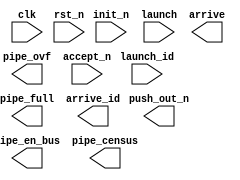
////////////////////////////////////////////////////////////////////////////////
//
//       This confidential and proprietary software may be used only
//     as authorized by a licensing agreement from Synopsys Inc.
//     In the event of publication, the following notice is applicable:
//
//                    (C) COPYRIGHT 2006 - 2016 SYNOPSYS INC.
//                           ALL RIGHTS RESERVED
//
//       The entire notice above must be reproduced on all authorized
//     copies.
//
//
// VERSION:   Verilog Simulation Model
//
// DesignWare_version: 9fa6a673
// DesignWare_release: K-2015.06-DWBB_201506.5.2
//
////////////////////////////////////////////////////////////////////////////////
//
//  ABSTRACT: Pipeline Manager Simulation Model
//
//       This component tracks the activity in the pipeline
//       throttled by 'launch' and 'accept_n' inputs.  Active
//       launched transactions are allowed to fill the pipeline
//       when the downstream logic is not accepting new arrivals. 
//
//  Parameters:     Valid Range    Default Value
//  ==========      ===========    =============
//  stages          1 to 1023          2
//  id_width        1 to 1024          2
//
//
//  Ports       Size    Direction    Description
//  =====       ====    =========    ===========
//  clk         1 bit     Input      Clock Input
//  rst_n       1 bit     Input      Async. Reset Input, Active Low
//  init_n      1 bit     Input      Sync. Reset Input, Active Low
//
//  launch      1 bit     Input      Active High Control input to lauche data into pipe
//  launch_id  id_width   Input      ID tag for data being launched (optional)
//  pipe_full   1 bit     Output     Status Flag indicating no slot for new data
//  pipe_ovf    1 bit     Output     Status Flag indicating pipe overflow
//
//  pipe_en_bus stages    Output     Bus of enables (one per pipe stage), Active High
//               bits
//
//  accept_n    1 bit     Input      Flow Control Input, Active Low
//  arrive      1 bit     Output     Data Available output 
//  arrive_id  id_width   Output     ID tag for data that'Ol11O1Ol arrived (optional)
//  push_out_n  1 bit     Output     Active Low Output used with FIFO (optional)
//  pipe_census M bits    Output     Output bus indicating the number
//                                   of pipe stages currently occupied
//
//    Note: The value of M is equal to the ceil(log2(stages+1)).
//
//
// Modified:
//    DLL   9-13-07  Changed name from DW_pipe_mgr
//
module DW_lp_pipe_mgr(
	clk,		// Clock Input
	rst_n,		// Async. Reset
	init_n,		// Sync Reset

	launch,		// Input to launch data into pipe
	launch_id,	// ID tag of data launched
	pipe_full,	// Pipe Slots Full Output (used for flow control)
	pipe_ovf,	// Pipe Overflow Signal
	pipe_en_bus,	// Pipe Stage Enable Bus (active high enables, 1 bit per pipe stage)

	accept_n,	// Hold Data Out Input (flow control)
	arrive,		// Data Arrival Output
	arrive_id,	// ID tag of arrival data
	push_out_n,	// Active Low Output used when FIFO follows
	pipe_census	// Pipe Stages Occupied Output
	);

parameter stages = 2;	// POSITIVE
parameter id_width = 2;	// POSITIVE

`define DW_O1O1O0O0 (stages + 1)
`define DW_O0OIO101 ((`DW_O1O1O0O0>256)?((`DW_O1O1O0O0>4096)?((`DW_O1O1O0O0>16384)?((`DW_O1O1O0O0>32768)?16:15):((`DW_O1O1O0O0>8192)?14:13)):((`DW_O1O1O0O0>1024)?((`DW_O1O1O0O0>2048)?12:11):((`DW_O1O1O0O0>512)?10:9))):((`DW_O1O1O0O0>16)?((`DW_O1O1O0O0>64)?((`DW_O1O1O0O0>128)?8:7):((`DW_O1O1O0O0>32)?6:5)):((`DW_O1O1O0O0>4)?((`DW_O1O1O0O0>8)?4:3):((`DW_O1O1O0O0>2)?2:1))))

input 			      clk;
input 			      rst_n;
input 			      init_n;

input 			      launch;
input [id_width-1:0]	      launch_id;
output			      pipe_full;
output			      pipe_ovf;
output [stages-1 : 0]	      pipe_en_bus;

input 			      accept_n;
output			      arrive;
output [id_width-1:0]	      arrive_id;
output			      push_out_n;
output[(`DW_O0OIO101)-1:0]    pipe_census;

// synopsys translate_off

  //-------------------------------------------------------------------------
  // Parameter legality check
  //-------------------------------------------------------------------------
  
 
  initial begin : parameter_check
    integer param_err_flg;

    param_err_flg = 0;
    
  
    if ( (stages < 1) || (stages > 1023) ) begin
      param_err_flg = 1;
      $display(
	"ERROR: %m :\n  Invalid value (%d) for parameter stages (legal range: 1 to 1023)",
	stages );
    end
  
    if (id_width < 1) begin
      param_err_flg = 1;
      $display(
	"ERROR: %m :\n  Invalid value (%d) for parameter id_width (lower bound: 1)",
	id_width );
    end
  
    if ( param_err_flg == 1) begin
      $display(
        "%m :\n  Simulation aborted due to invalid parameter value(s)");
      $finish;
    end

  end // parameter_check 


wire 			      I0OOlIOO;
wire 			      I1OO1OO1;
wire 			      O0OII00O;
wire 			      IIllO1l0;
wire [id_width-1:0]	      I1l0001O;
wire 			      ll1I1II0;

reg			      l0IO0111;
reg   [(`DW_O0OIO101)-1:0]       O0l10O00;
wire                          OOIl0IO0;
reg  [stages-1:0]	      lO0O1llI;
reg  [stages-1:0]	      IOO1O1O1;
reg  [stages-1:0]	      OO1O1111;
reg  [stages-1:0]	      O1101011;
reg  [(id_width*stages)-1:0]  llOI1101;
reg  [(id_width*stages)-1:0]  O01I01I1;
integer			      I111IOO0,OOl0l1OO,OO01OO1l,Ol11O1Ol,O0IOl0IO;


assign I0OOlIOO        = (clk | (clk ^ clk));
assign I1OO1OO1      = (rst_n | (rst_n ^ rst_n));
assign O0OII00O     = (init_n | (init_n ^ init_n));
assign IIllO1l0     = (launch | (launch ^ launch));
assign I1l0001O  = (launch_id | (launch_id ^ launch_id));
assign ll1I1II0   = (accept_n | (accept_n ^ accept_n));


assign OOIl0IO0 = ~ll1I1II0;

always @(OO1O1111 or lO0O1llI or OOIl0IO0) begin : a1000_PROC
  for (I111IOO0=stages-1; I111IOO0>=0; I111IOO0=I111IOO0-1) begin
    if (I111IOO0 == stages-1)
      OO1O1111[I111IOO0] = OOIl0IO0 | ~lO0O1llI[I111IOO0];
    else
      OO1O1111[I111IOO0] = OO1O1111[I111IOO0+1] | ~lO0O1llI[I111IOO0];
  end
end

always @(OO1O1111 or lO0O1llI or IIllO1l0 or llOI1101 or I1l0001O) begin : a1001_PROC
  for (OOl0l1OO=0; OOl0l1OO<stages; OOl0l1OO=OOl0l1OO+1) begin
    if (OOl0l1OO == 0) begin
      if (OO1O1111[0] === 1'b1)
        IOO1O1O1[0] = IIllO1l0;
      else
        IOO1O1O1[0] = lO0O1llI[0];
      if ((OO1O1111[0] === 1'b1) && (IOO1O1O1[0] === 1'b1))
	O01I01I1[id_width-1:0] = I1l0001O;
      else
	O01I01I1[id_width-1:0] = llOI1101[id_width-1:0];
    end else begin
      if (OO1O1111[OOl0l1OO] === 1'b1)
        IOO1O1O1[OOl0l1OO] = lO0O1llI[OOl0l1OO-1];
      else
        IOO1O1O1[OOl0l1OO] = lO0O1llI[OOl0l1OO];
      if ((OO1O1111[OOl0l1OO] === 1'b1) && (IOO1O1O1[OOl0l1OO] === 1'b1))
	for (O0IOl0IO=0; O0IOl0IO<id_width; O0IOl0IO=O0IOl0IO+1) begin
          O01I01I1[(OOl0l1OO*id_width)+O0IOl0IO] = llOI1101[((OOl0l1OO-1)*id_width)+O0IOl0IO];
	end
      else
	for (O0IOl0IO=0; O0IOl0IO<id_width; O0IOl0IO=O0IOl0IO+1) begin
          O01I01I1[(OOl0l1OO*id_width)+O0IOl0IO] = llOI1101[(OOl0l1OO*id_width)+O0IOl0IO];
	end
    end
  end
end

always @(OO1O1111 or IOO1O1O1) begin : a1002_PROC
  for (OO01OO1l=0; OO01OO1l<stages; OO01OO1l=OO01OO1l+1) begin
     O1101011[OO01OO1l] = OO1O1111[OO01OO1l] & IOO1O1O1[OO01OO1l];
  end
end

always @(lO0O1llI or O0l10O00) begin : a1003_PROC
  O0l10O00 = {`DW_O0OIO101{1'b0}};
  for (Ol11O1Ol=0; Ol11O1Ol<stages; Ol11O1Ol=Ol11O1Ol+1) begin
    if (lO0O1llI[Ol11O1Ol] === 1'b1)
      O0l10O00 = O0l10O00 + 1'b1;
  end
end


always @(posedge I0OOlIOO or negedge I1OO1OO1) begin : a1004_PROC
  if (I1OO1OO1 === 1'b0) begin
    lO0O1llI         <= {stages{1'b0}};
    llOI1101         <= {(stages*id_width){1'b0}};
    l0IO0111 <= 1'b0;
  end else if (I1OO1OO1 === 1'b1) begin
    if (O0OII00O === 1'b0) begin
      lO0O1llI         <= {stages{1'b0}};
      llOI1101         <= {(stages*id_width){1'b0}};
      l0IO0111 <= 1'b0;
    end else if (O0OII00O === 1'b1) begin
      lO0O1llI         <= IOO1O1O1;
      llOI1101         <= O01I01I1;
      l0IO0111 <= ~OO1O1111[0] & IIllO1l0;
    end else begin
      lO0O1llI         <= {stages{1'bx}};
      llOI1101         <= {(stages*id_width){1'bx}};
      l0IO0111 <= 1'bx;
    end
  end else begin
    lO0O1llI         <= {stages{1'bx}};
    llOI1101         <= {(stages*id_width){1'bx}};
    l0IO0111 <= 1'bx;
  end
end



assign pipe_en_bus = O1101011;
assign arrive      = lO0O1llI[stages-1];
assign arrive_id   = llOI1101[(stages*id_width)-1:(stages-1)*id_width];
assign push_out_n  = ~(OOIl0IO0 & lO0O1llI[stages-1]);
assign pipe_full   = (O0l10O00 == stages) & !OOIl0IO0;
assign pipe_census = O0l10O00;
assign pipe_ovf    = l0IO0111;

`undef DW_O1O1O0O0
`undef DW_O0OIO101
// synopsys translate_on
endmodule